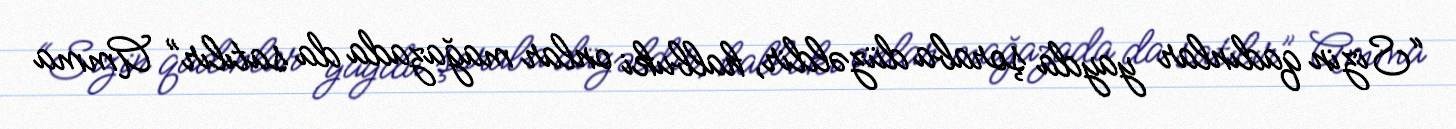
“Sizin qadınlar yayda şoraba düzəldir, halbuki onlar mağazada da satılır” Amma